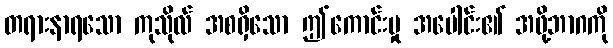
တရားနာရသော ကုသိုလ် အစရှိသော ဤကောင်းမှု အပေါင်း၏ အဖို့ဘာဂကို